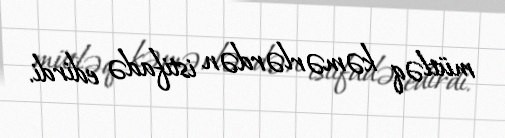
mütləq kəmərlərdən istifadə edirdi.